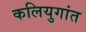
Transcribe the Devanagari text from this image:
कलियुगांत